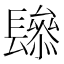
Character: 𨲱